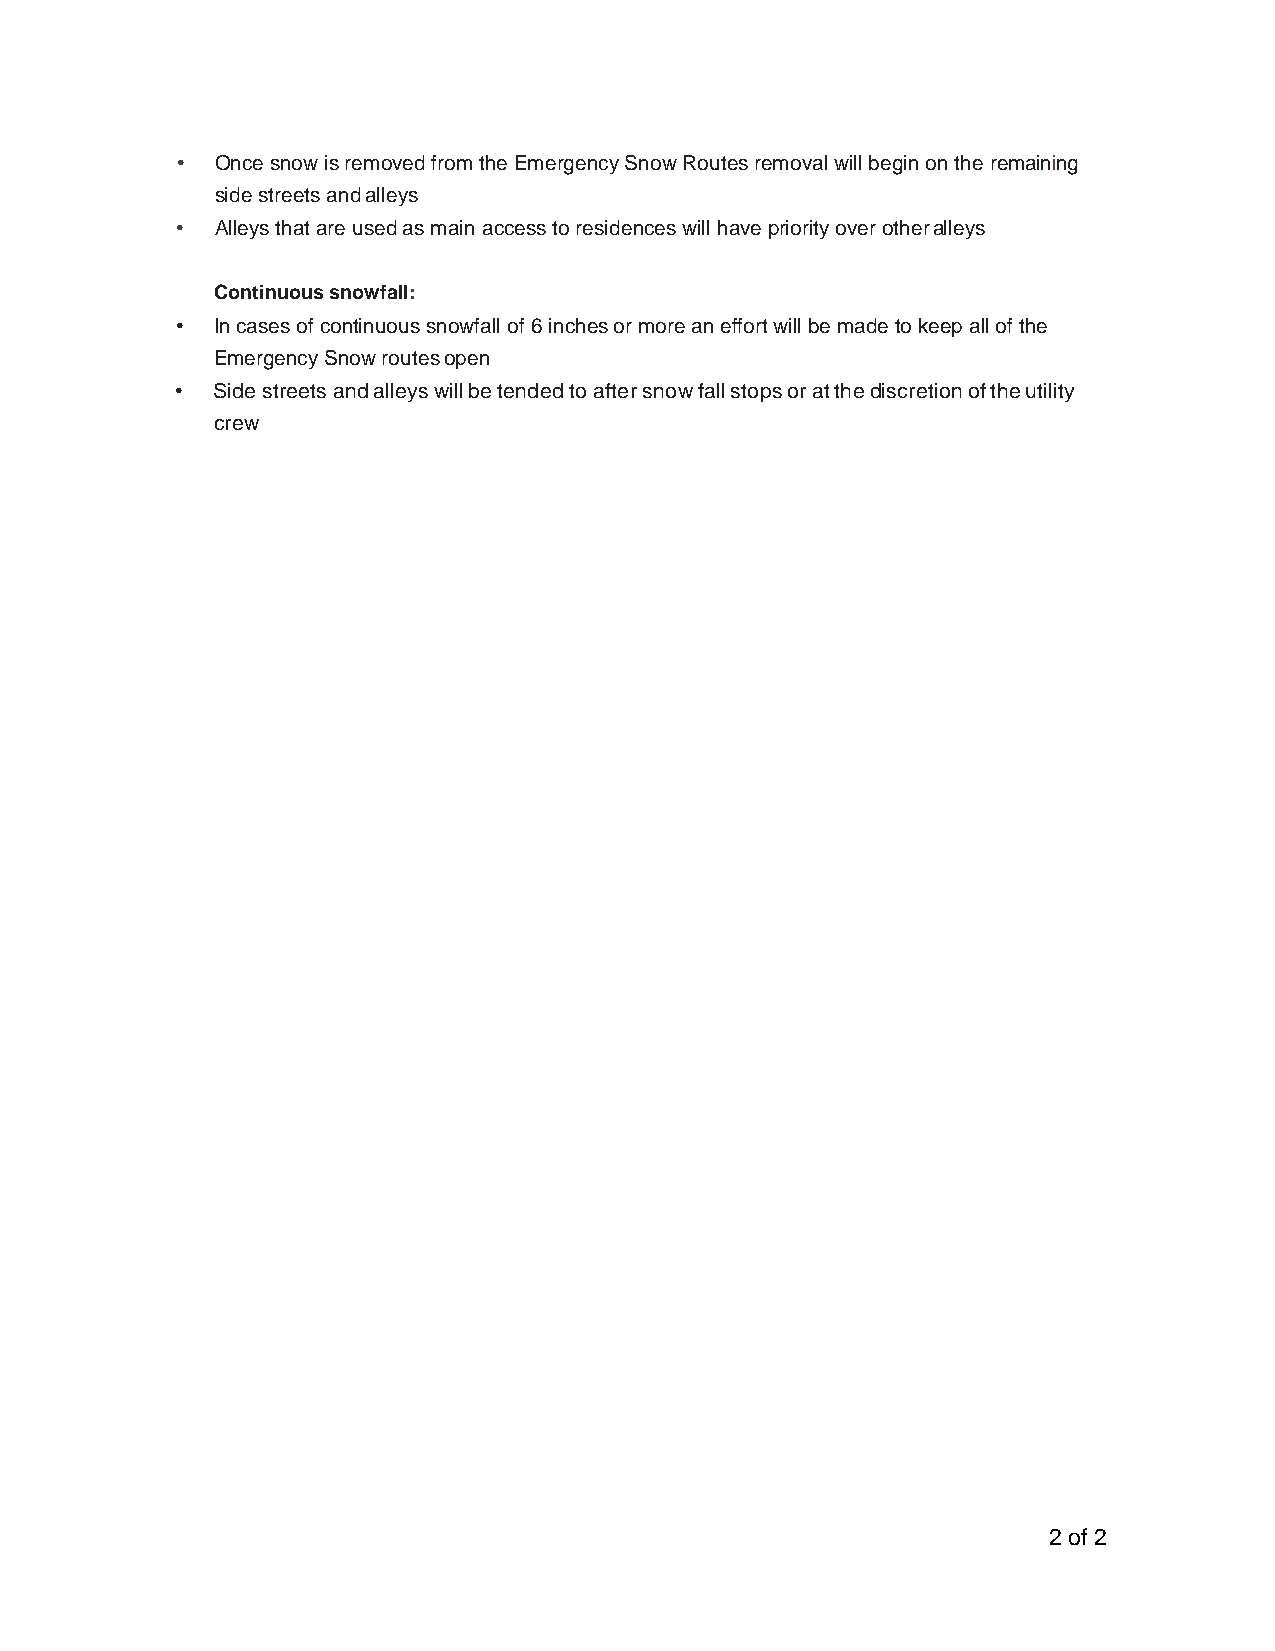
• Once snow is removed from the Emergency Snow Routes removal will begin on the remaining
 side streets and alleys
 • Alleys that are used as main access to residences will have priority over other alleys
 Continuous snowfall:
 • In cases of continuous snowfall of 6 inches or more an effort will be made to keep all of the
 Emergency Snow routes open
 • Side streets and alleys will be tended to after snow fall stops or at the discretion of the utility
 crew
 2 of 2